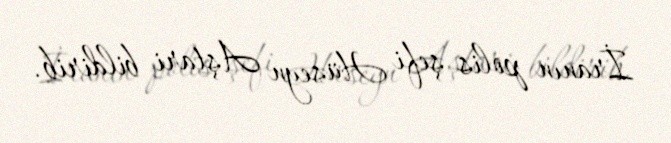
İranın polis şefi Hüseyn Aştari bildirib.